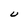
Character: U